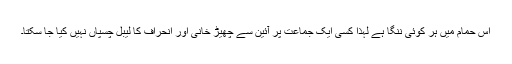
اس حمام میں ہر کوئی ننگا ہے لہذا کسی ایک جماعت پر آئین سے چھیڑ خانی اور انحراف کا لیبل چسپاں نہیں کیا جا سکتا۔